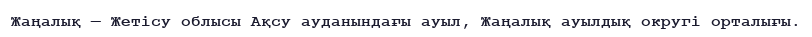
Жаңалық — Жетісу облысы Ақсу ауданындағы ауыл, Жаңалық ауылдық округі орталығы.